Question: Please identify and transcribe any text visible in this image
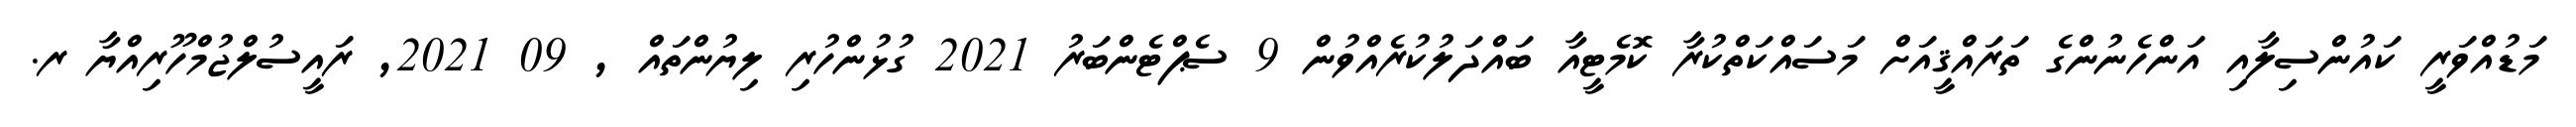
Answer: މަޑުއްވަރީ ކައުންސިލާއި އަންހެނުންގެ ތަރައްޤީއަށް މަސައްކަތްކުރާ ކޮމެޓީއާ ބައްދަލުކުރެއްވުން 9 ސެޕްޓެންބަރު 2021 ގުޅުންހުރި ލިޔުންތައް , 09 2021, ރައީސުލްޖުމްހޫރިއްޔާ ރ.